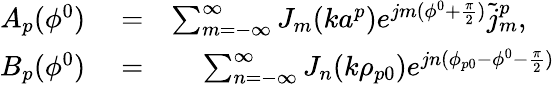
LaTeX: \begin{array}{rlr}{A_{p}(\phi^{0})}&{{}=}&{\sum_{m=-\infty}^{\infty}J_{m}(ka^{p})e^{jm(\phi^{0}+{\frac{\pi}{2}})}\tilde{j}_{m}^{p},\quad}\\ {B_{p}(\phi^{0})}&{{}=}&{\sum_{n=-\infty}^{\infty}J_{n}(k\rho_{p0})e^{jn(\phi_{p0}-\phi^{0}-{\frac{\pi}{2}})}}\end{array}